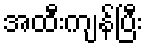
အထီးကျန်ပြီး